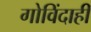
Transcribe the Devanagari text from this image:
गोविंदाही